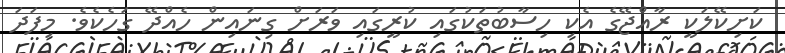
ކަށިކޭލަކީ ރާއްޖޭގެ އެކި ހިސާބުތަކުގައި ކުރީގައި ވަރަށް ގިނައިން ހެއްދޭ ގަހެކެވެ. މިފަދަ